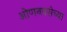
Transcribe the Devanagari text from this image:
ओणनवसेच्या